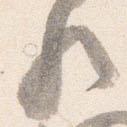
歟